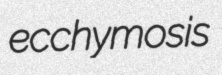
ecchymosis